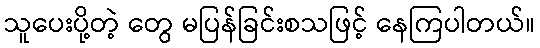
သူပေးပို့တဲ့ တွေ မပြန်ခြင်းစသဖြင့် နေကြပါတယ်။